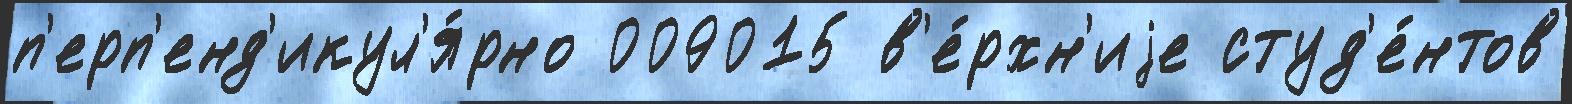
п'ерп'енд'икул'я́рно 009015 в'е́рхн'иjе студ'е́нтов